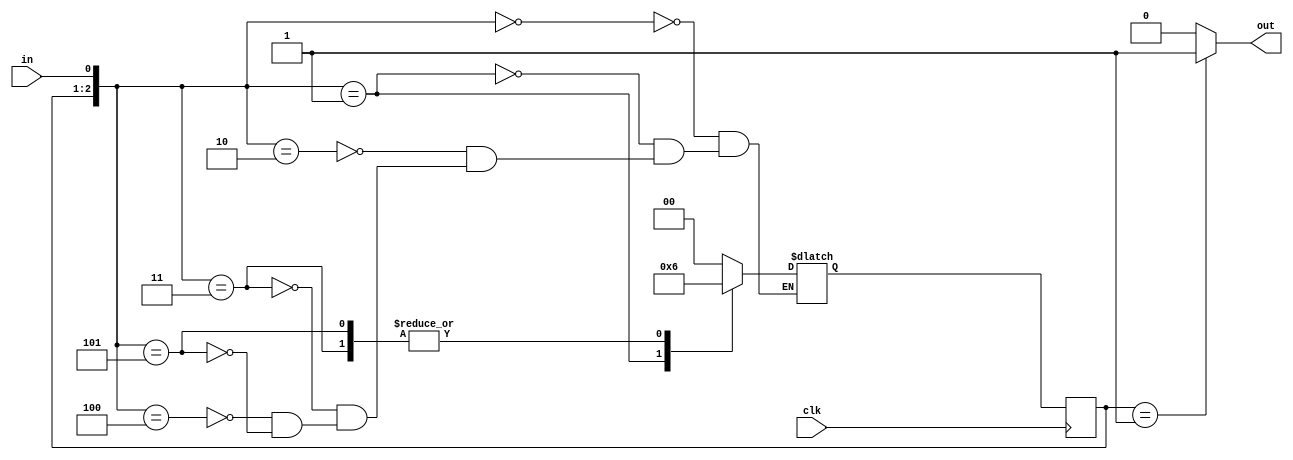
module one_period(
        input clk,
        input in,
        output out
        );
        
   reg [1:0] cs;
   reg [1:0] ns;
   
   always@(posedge clk)
        cs <= ns;
        
   always@(cs or in)
        case({cs, in}) // we treat the case in which the clock is very fast.
            3'b00_0 : ns = 2'b00; // state 0: button is not pressed
            3'b00_1 : ns = 2'b01; // we press the button, we enter the state in which we should execute
            3'b01_0 : ns = 2'b00; // if we release, we return in state 0
            3'b01_1 : ns = 2'b10; // if we hold, we enter the hold state
            3'b10_0 : ns = 2'b00; // if we release, we exit hold state
            3'b10_1 : ns = 2'b10; // if we hold the button, we stay here
        endcase
        
   assign out = (cs == 2'b01) ? 1'b1 : 1'b0;
   
endmodule